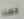
حسنا